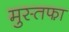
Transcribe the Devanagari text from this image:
मुस्तफा़